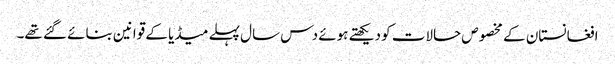
افغانستان کے مخصوص حالات کو دیکھتے ہوئے دس سال پہلے میڈیا کے قوانین بنائے گئے تھے۔